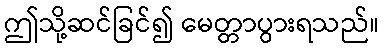
ဤသို့ဆင်ခြင်၍ မေတ္တာပွားရသည်။